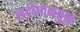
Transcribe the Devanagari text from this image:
लदोगामधून